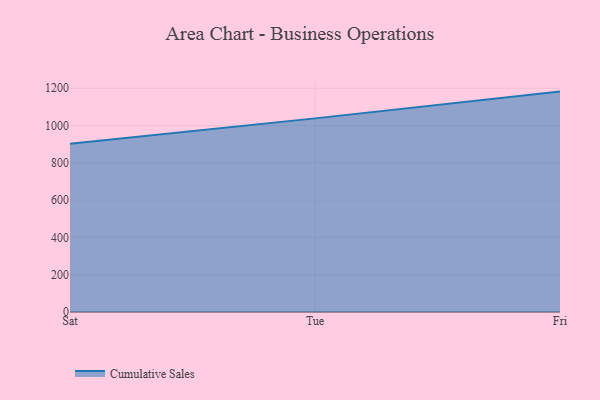
{"axis": {"x": "Day", "y": "Operating Costs (USD K)"}, "legend": ["Cumulative Sales"], "data": [{"x": "Sat", "y": 902.6, "type": "Cumulative Sales"}, {"x": "Tue", "y": 1038.5, "type": "Cumulative Sales"}, {"x": "Fri", "y": 1182.1, "type": "Cumulative Sales"}]}